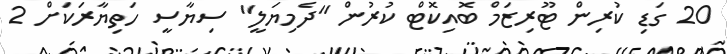
20 ގަޑި ކުރިން ޓޫރިޒަމް ބޮއިކޮޓް ކުރުން "ދެމިޔަލީ" ސިޔާސީ ހަތިޔާރަކަށް 2